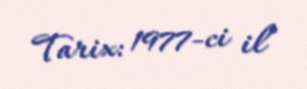
Tarix: 1977-ci il